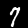
Label: 7